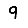
Digit: 9